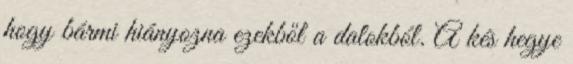
hogy bármi hiányozna ezekből a dalokból. A kés hegye